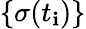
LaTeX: \{ \sigma(t_{\mathbf{i}})\}